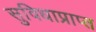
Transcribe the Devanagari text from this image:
सुविधाप्राप्त